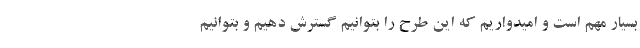
بسیار مهم است و امیدواریم که این طرح را بتوانیم گسترش دهیم و بتوانیم